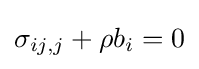
{\sigma _{ij,j}}+\rho {b_{i}}=0